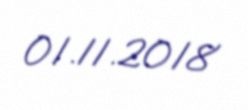
01.11.2018